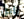
يابن